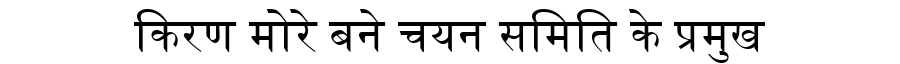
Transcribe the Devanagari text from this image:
किरण मोरे बने चयन समिति के प्रमुख